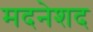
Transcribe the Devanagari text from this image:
मदनेशद